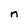
Character: n